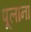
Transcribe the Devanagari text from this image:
पूलांना